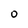
Character: 0